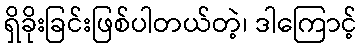
ရှိခိုးခြင်းဖြစ်ပါတယ်တဲ့၊ ဒါကြောင့်